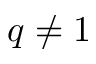
q \neq 1